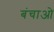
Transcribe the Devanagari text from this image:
बंचाओ